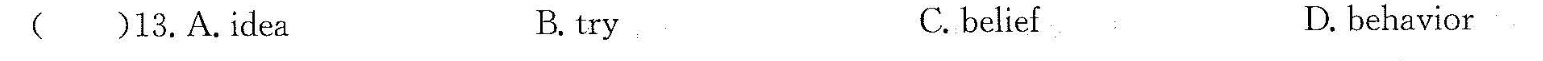
()12.A.sourly